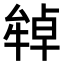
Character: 𤚷